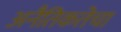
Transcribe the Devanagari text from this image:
अनैतिकतेचा